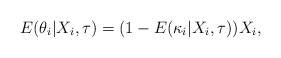
\begin{align*} E(\theta_{i}|X_i,\tau)=(1-E(\kappa_i|X_i,\tau))X_i, \end{align*}